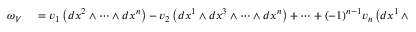
\begin{array} { r l } { \omega _ { V } } & { { } = v _ { 1 } \left( d x ^ { 2 } \wedge \cdots \wedge d x ^ { n } \right) - v _ { 2 } \left( d x ^ { 1 } \wedge d x ^ { 3 } \wedge \cdots \wedge d x ^ { n } \right) + \cdots + ( - 1 ) ^ { n - 1 } v _ { n } \left( d x ^ { 1 } \wedge \cdots \wedge d x ^ { n - 1 } \right) } \end{array}